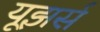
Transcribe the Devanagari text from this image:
यूझर्स